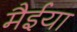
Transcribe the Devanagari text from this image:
मैईया